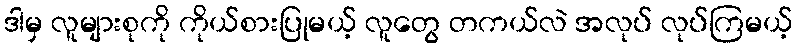
ဒါမှ လူများစုကို ကိုယ်စားပြုမယ့် လူတွေ တကယ်လဲ အလုပ် လုပ်ကြမယ့်